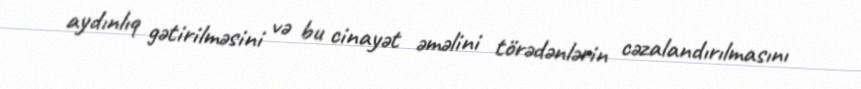
aydınlıq gətirilməsini və bu cinayət əməlini törədənlərin cəzalandırılmasını